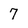
Character: 7